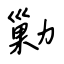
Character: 勦